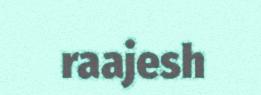
raajesh